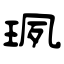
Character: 珟